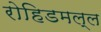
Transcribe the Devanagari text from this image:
रोहिडमल्ल